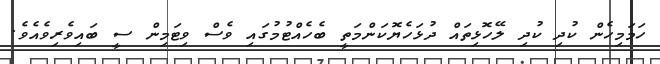
ހަމަމިހެން ކުދި ކުދި ލޭހޮޅިތައް ދުޅަހެޔޮކަންމަތީ ބެހެއްޓުމުގައި ވެސް ވިޓަމިން ސީ ބައިވެރިވެއެވެ.